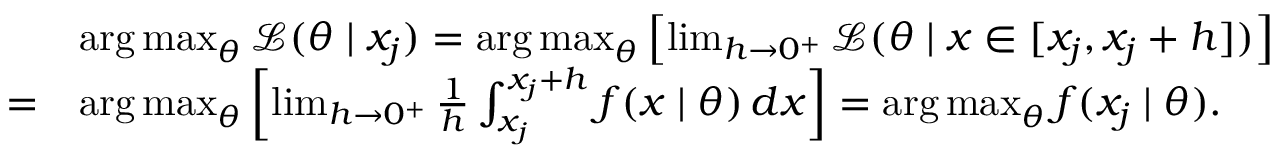
{ \begin{array} { r l } & { \mathop { \operatorname { a r g \, m a x } } _ { \theta } { \mathcal { L } } ( \theta \mid x _ { j } ) = \mathop { \operatorname { a r g \, m a x } } _ { \theta } \left[ \operatorname* { l i m } _ { h \to 0 ^ { + } } { \mathcal { L } } ( \theta \mid x \in [ x _ { j } , x _ { j } + h ] ) \right] } \\ { = } & { \mathop { \operatorname { a r g \, m a x } } _ { \theta } \left[ \operatorname* { l i m } _ { h \to 0 ^ { + } } { \frac { 1 } { h } } \int _ { x _ { j } } ^ { x _ { j } + h } f ( x \mid \theta ) \, d x \right] = \mathop { \operatorname { a r g \, m a x } } _ { \theta } f ( x _ { j } \mid \theta ) . } \end{array} }